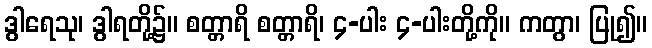
ဒွါရေသု၊ ဒွါရတို့၌။ စတ္တာရိ စတ္တာရိ၊ ၄-ပါး ၄-ပါးတို့ကို။ ကတွာ၊ ပြု၍။